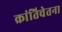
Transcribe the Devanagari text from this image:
क्रांतिचेतना